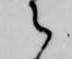
之